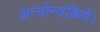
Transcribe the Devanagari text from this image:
अन्योन्यक्रियें।